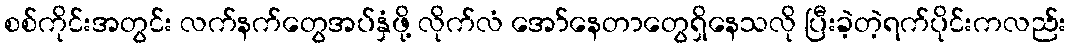
စစ်ကိုင်းအတွင်း လက်နက်တွေအပ်နှံဖို့ လိုက်လံ အော်နေတာတွေရှိနေသလို ပြီးခဲ့တဲ့ရက်ပိုင်းကလည်း